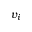
v _ { i }